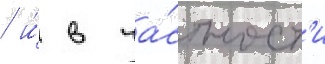
/ и́ в ча́стност'и